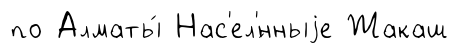
по Алматы́ Нас'ел'́нныjе Жакаш